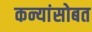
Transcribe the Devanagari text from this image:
कन्यांसोबत